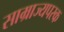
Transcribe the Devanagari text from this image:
साम्राज्यपरक